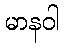
မာနဝါ